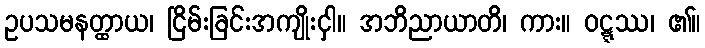
ဥပသမနတ္ထာယ၊ ငြိမ်းခြင်းအကျိုးငှါ။ အဘိညာယာတိ၊ ကား။ ဝဋ္ဋဿ၊ ၏။